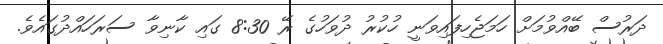
ދަރުސް ބޭއްވުމަށް ހަމަޖެހިފައިވަނީ ހުކުރު ދުވަހުގެ ރޭ 8:30 ގައި ކާނިވާ ސަރަހައްދުގައެވެ.